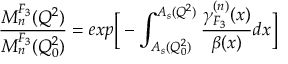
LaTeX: \frac { M _ { n } ^ { F _ { 3 } } ( Q ^ { 2 } ) } { M _ { n } ^ { F _ { 3 } } ( Q _ { 0 } ^ { 2 } ) } = e x p \bigg [ - \int _ { A _ { s } ( Q _ { 0 } ^ { 2 } ) } ^ { A _ { s } ( Q ^ { 2 } ) } \frac { \gamma _ { F _ { 3 } } ^ { ( n ) } ( x ) } { \beta ( x ) } d x \bigg ]